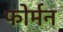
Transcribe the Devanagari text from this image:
फोर्मन